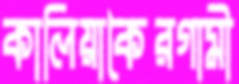
কালিয়াকৈরগামী